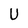
Character: U